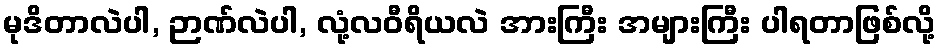
မုဒိတာလဲပါ, ဉာဏ်လဲပါ, လုံ့လဝီရိယလဲ အားကြီး အများကြီး ပါရတာဖြစ်လို့